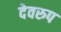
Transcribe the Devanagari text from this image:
देवरुप